Bréfritari: Andría María Andrésdóttir
Dagsetning: A-1870-12-31
Skrifað á: Draghálsi  Borg.

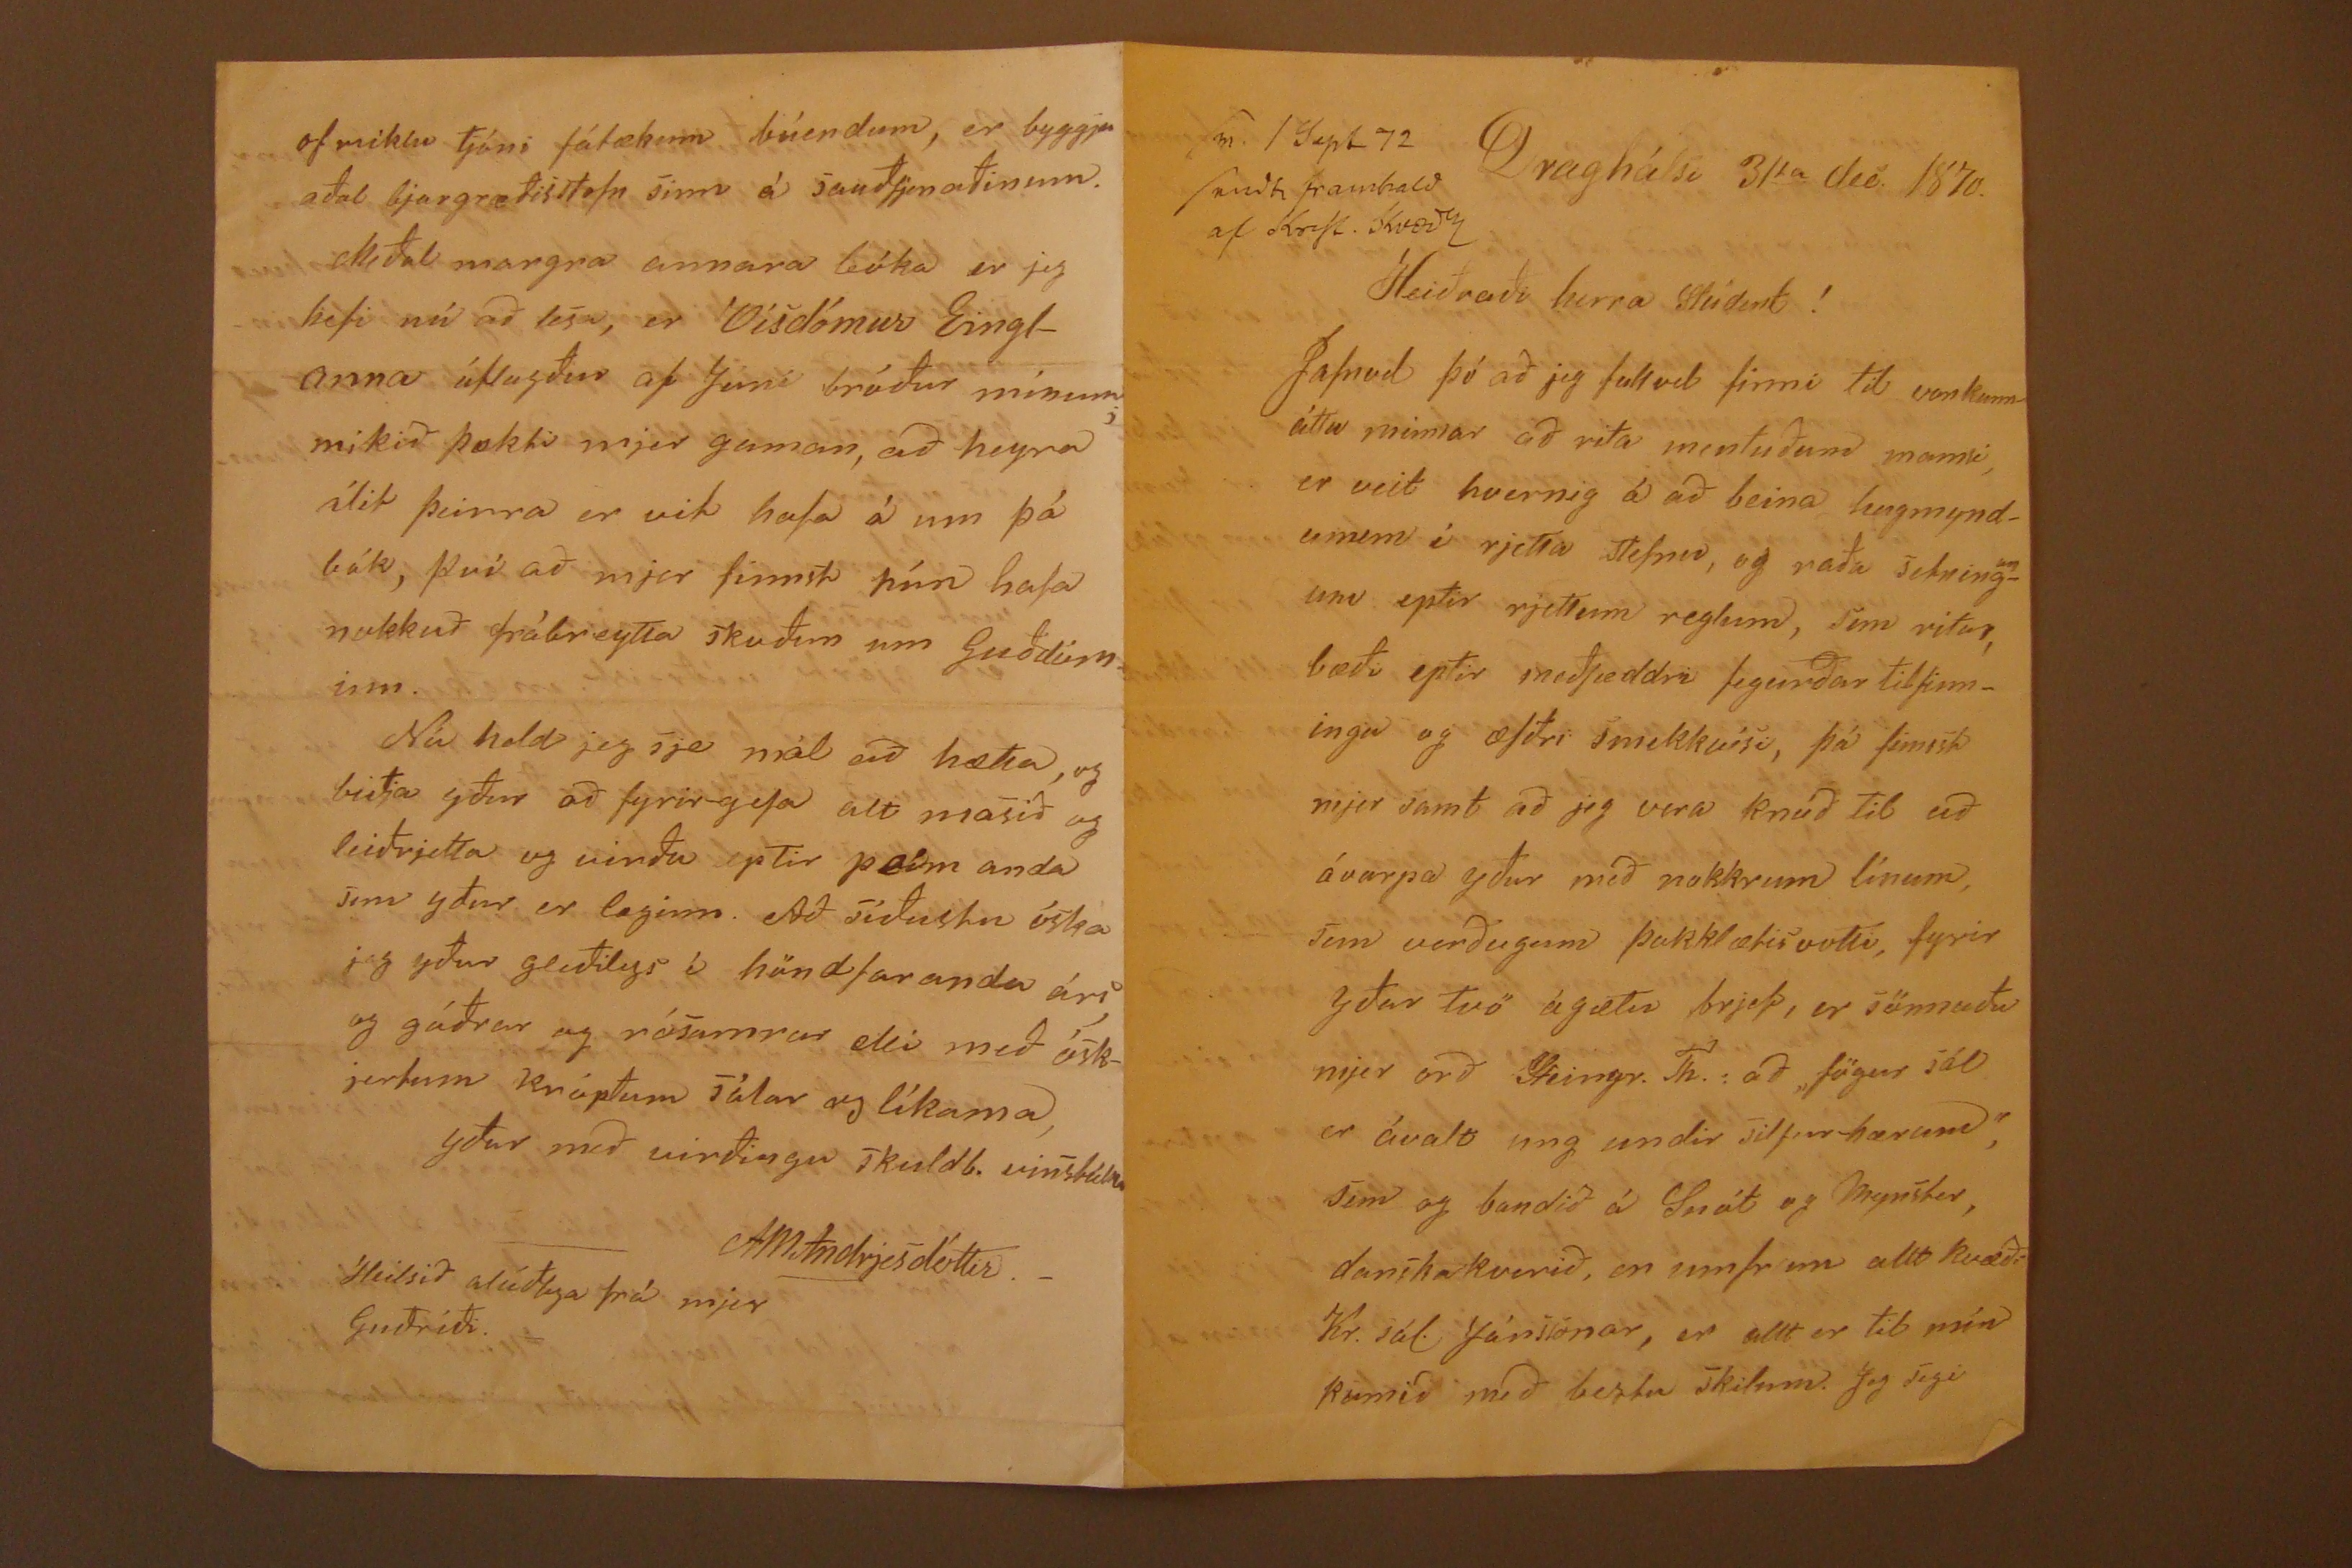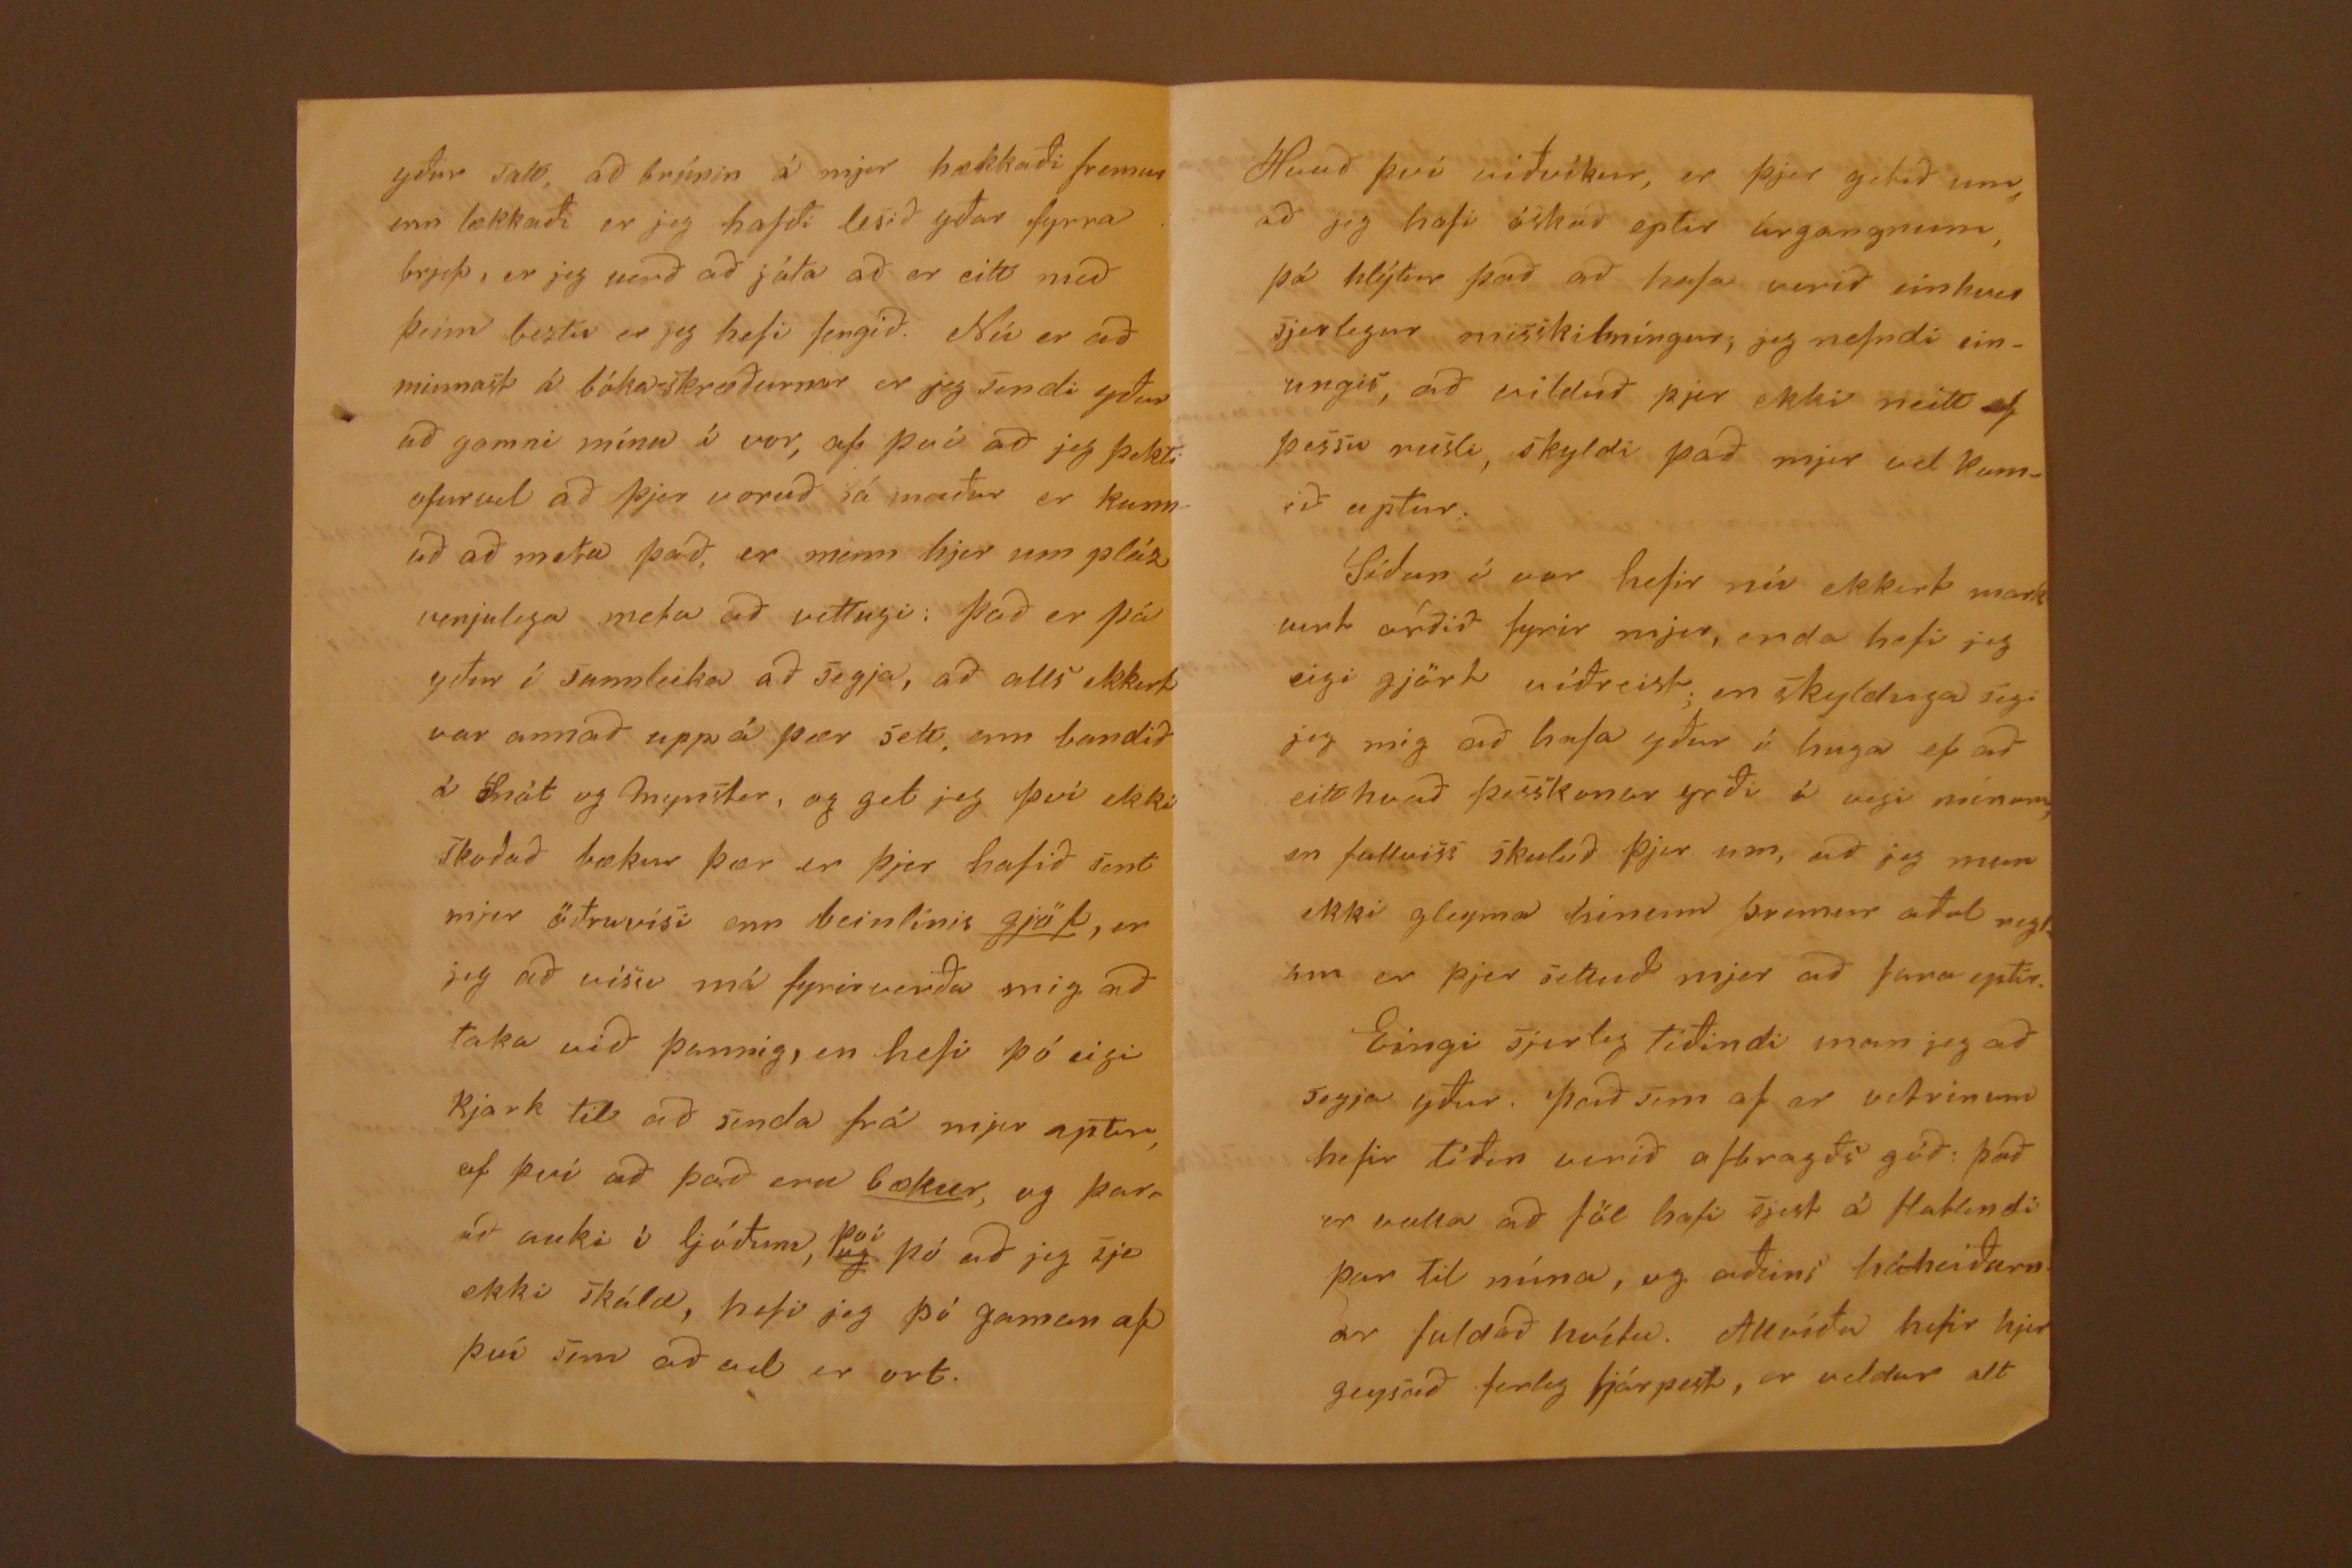

sv. 1 Sept 72 sendti framhald af
Krist. Kvædu
Draghálsi 31ta dec. 1870
Heiðraði herra stúdent!
Jafnvel þó að jeg fullvel finni til vankunn- áttu minnar að rita mentuðum manni er veit hvernig á að beina hugmynd- unum í rjetta stefnu, og raða setning
un
- um eptir rjettum reglum, sem ritar, bæði eptir meðfæddri fegurðar tilfinn- ingu og æfðri smekkvísi, þá finst mjer samt að jeg vera vera knúð til að ávarpa yður með nokkrum línum, sem verðugum þakklætisvotti, fyrir yður tvö ágætu brjef, er sönnuðu mjer orð Steingr. Th. : að "fögur sál er ávalt ung undir silgur-hærum", sem og bandið á Snát og Mynster, danskakverið, en umfram allt kvæði Kr. sál. Jónssonar, er allt er til mín komið með bestu skilum. Jeg segi
yður satt, að brúnin á mjer hækkaði fremur enn lækkaði er jeg hafði lesið yðar fyrra brjef, er jeg verð að játa að er eitt með þeim beztu er jeg hefi fengið. Nú er að minnast á bókaskræðurnar er jeg sendi yður að gamni mínu í vor, af því að jeg þekti ofurvel að þjer voruð sá maður er kunn- uð að meta það, er menn hjer um pláz venjulega meta að vettugi: Það er þá yður í sannleika að segja, að alls ekkert var annað upp á þær sett, enn bandið á Snát og mynster, og get jeg því ekki skoðað bækur þær er þjer hafið sent mjer öðruvísi enn beinlínis gjöf, er jeg að vísu má fyrirverða mig að taka við þannig, en hefi þó eigi kjark til að senda frá mjer aptur, af því að það eru bækur, og þarr að auki í ljóðum,
því
og
þó að jeg sje ekki skáld, hefi jeg þó gaman af því sem að vel er ort.
Hvað því viðvíkur, er þjer getið um að jeg hafi óskað eptir úrgangnum, þá hlýtur það að hafa verið einhver sjerlegur misskilníngur; jeg nefndi ein- ungis, að vilduð þjer ekki neitt af þessu rusli, skyldi það mjer vel k
u
m- ið aptur. Síðan í vor hefir nú ekkert mark vert orðið fyrir mjer, enda hefi jeg eigi gjört víðreist; en skylduga sig: jeg mig að hafa yður í huga ef að eitthvað þesskonar yrði í vegi mínum, en fullviss skuluð þjer um, að jeg mun ekki gleyma hinum þremur aðal regl um er þjer settuð mjer að fara eptir. Eingi sjerleg tíðindi man jeg að segja yður, það sem af er vetrinum hefir tíðin verið afbragðs góð: það er valla að föl hafi sjest á flatlendi þar til núna, og aðeins háheiðarn ar fuldað hvítu. Allvíða hefir hjer geysað ferleg fjárpest, er veldur alt
of miklu tjóni fátækum búendum, er byggju aðal bjargræðisstofn sinn á sauðfjenaðinum. Meðal margra annara búka er jeg hefi nú að lesa, er Vísdómur Eingl- anna útlagður af Jóni bróður mínum mikið þokti mjer gaman, að heyra álit þeirra er vit hafa á um þá bók, því að mjer finnst hún hafa nokkuð frábreytta skoðun um Guðdóm inn. Nú held jeg sje mál að hætta, og biðja yður að fyrirgefa alt masið og leiðrjetta og virða eptir þeim anda sem yður er laginn. Að síðustu óska jeg yður gleðilegs í höndfaranda ári og góðrar og rósamrar elli með ósk- jertum kr
ö
ptum sálar og líkama, yður með virðingu skuldb. vinstúlka
A M Andrjesdóttir._
Heilsið alúðlega frá mjer Guðríði.